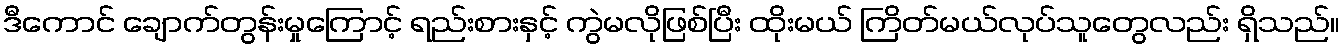
ဒီကောင် ချောက်တွန်းမှုကြောင့် ရည်းစားနှင့် ကွဲမလိုဖြစ်ပြီး ထိုးမယ် ကြိတ်မယ်လုပ်သူတွေလည်း ရှိသည်။